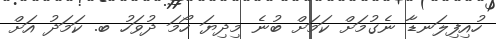
ހުއިފިލަނޑާ ނެގުމަށް ކަމަށް ބުނެ މިދިޔަ ހޯމަ ދުވަހު ބ. ކަމަދު އަށް